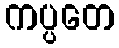
ကပ္ပတေ